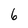
Character: 6